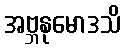
အဗ္ဘနုမောဒသိ